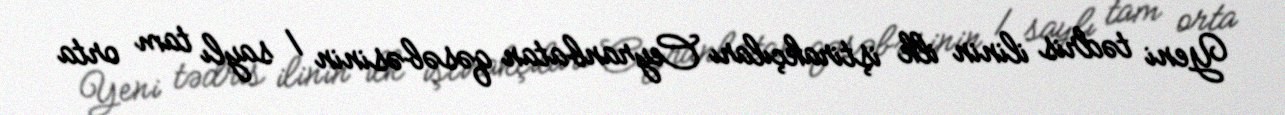
Yeni tədris ilinin ilk iştirakçıları Ceyranbatan qəsəbəsinin 1 saylı tam orta